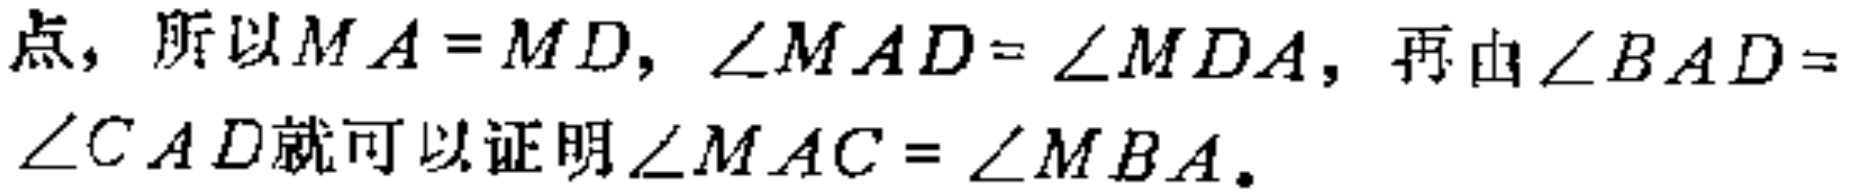
点，所以$MA = MD$，$\angle MAD=\angle MDA$，再由$\angle BAD = \angle CAD$就可以证明$\angle MAC=\angle MBA$。